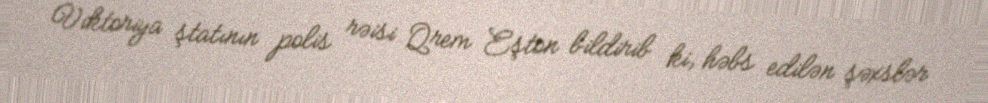
Viktoriya ştatının polis rəisi Qrem Eşton bildirib ki, həbs edilən şəxslər